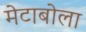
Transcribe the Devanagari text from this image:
मेटाबोला